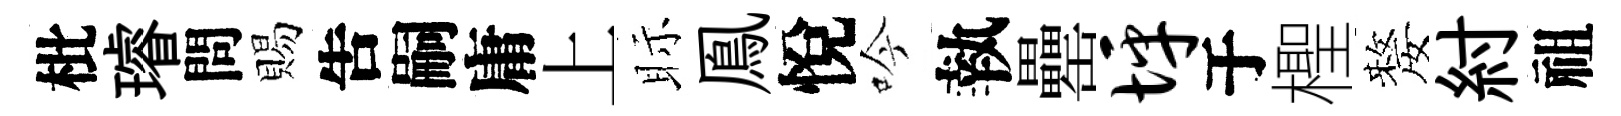
枇璿問賜吿嗣庸上眎鳯悅吟執罍坪于檉嫠紂祖